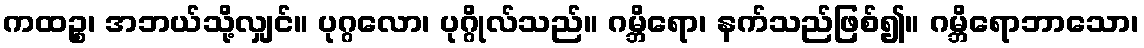
ကထဉ္စ၊ အဘယ်သို့လျှင်။ ပုဂ္ဂလော၊ ပုဂ္ဂိုလ်သည်။ ဂမ္ဘိရော၊ နက်သည်ဖြစ်၍။ ဂမ္ဘိရောဘာသော၊